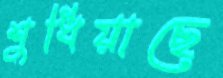
শুধিয়াছে